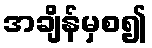
အချိန်မှစ၍